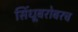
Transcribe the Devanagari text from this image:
सिंधूबरोबरच